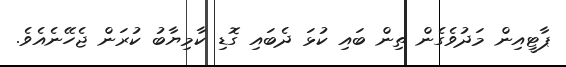
ޕާޓީއިން މަދުވެގެން ތިން ބައި ކުޅަ ދެބައި ގޮޑި ކާމިޔާބު ކުރަން ޖެހޭނެއެވެ.